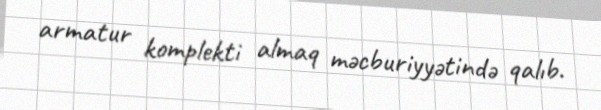
armatur komplekti almaq məcburiyyətində qalıb.